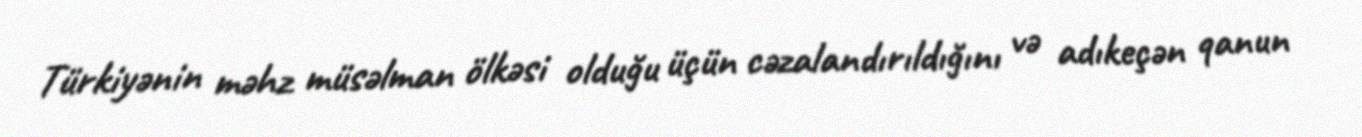
Türkiyənin məhz müsəlman ölkəsi olduğu üçün cəzalandırıldığını və adıkeçən qanun